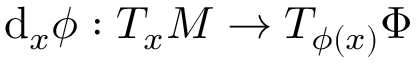
\mathrm { d } _ { x } \phi : T _ { x } M \to T _ { \phi ( x ) } \Phi \quad